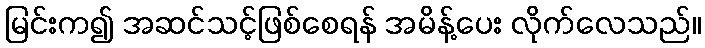
မြင်းက၍ အဆင်သင့်ဖြစ်စေရန် အမိန့်ပေး လိုက်လေသည်။